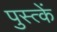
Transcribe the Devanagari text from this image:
पुस्त्कें